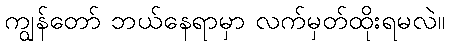
ကျွန်တော် ဘယ်နေရာမှာ လက်မှတ်ထိုးရမလဲ။